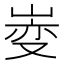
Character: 𫶄